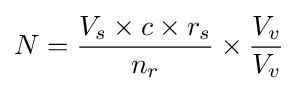
N={\frac {V_{s}\times c\times r_{s}}{n_{r}}}\times {\frac {V_{v}}{V_{v}}}